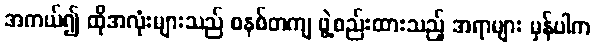
အကယ်၍ ထိုအလုံးများသည် စနစ်တကျ ဖွဲ့စည်းထားသည့် အရာများ မှန်ပါက